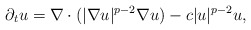
\begin{align*}\partial_{t}u = \nabla \cdot (|\nabla u|^{p-2} \nabla u) - c |u|^{p-2} u ,\end{align*}